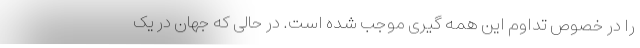
را در خصوص تداوم این همه گیری موجب شده است. در حالی که جهان در یک